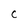
Character: C